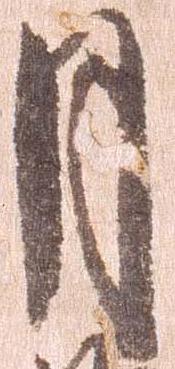
月